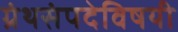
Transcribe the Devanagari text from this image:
ग्रंथसंपदेविषयी